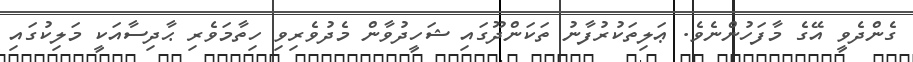
ގެންދެވީ އޭގެ މާފަހުންނެވެ. ޢަލިތަކުރުފާނު ތަކަންދޫގައި ޝަހީދުވާން މެދުވެރިވި ހިތާމަވެރި ޙާދިސާއަކީ މަލިކުގައި